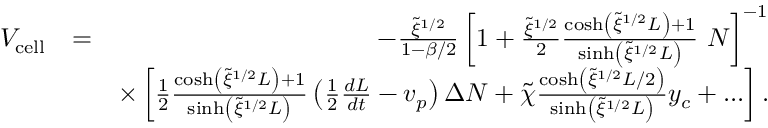
\begin{array} { r l r } { V _ { \mathrm { c e l l } } } & { = } & { - \frac { \tilde { \xi } ^ { 1 / 2 } } { 1 - \beta / 2 } \left[ 1 + \frac { \tilde { \xi } ^ { 1 / 2 } } { 2 } \frac { \cosh \left( \tilde { \xi } ^ { 1 / 2 } L \right) + 1 } { \sinh \left( \tilde { \xi } ^ { 1 / 2 } L \right) } \ N \right] ^ { - 1 } } \\ & { } & { \times \left[ \frac { 1 } { 2 } \frac { \cosh \left( \tilde { \xi } ^ { 1 / 2 } L \right) + 1 } { \sinh \left( \tilde { \xi } ^ { 1 / 2 } L \right) } \left( \frac { 1 } { 2 } \frac { d L } { d t } - v _ { p } \right) \Delta N + \tilde { \chi } \frac { \cosh \left( \tilde { \xi } ^ { 1 / 2 } L / 2 \right) } { \sinh \left( \tilde { \xi } ^ { 1 / 2 } L \right) } y _ { c } + . . . \right] . } \end{array}